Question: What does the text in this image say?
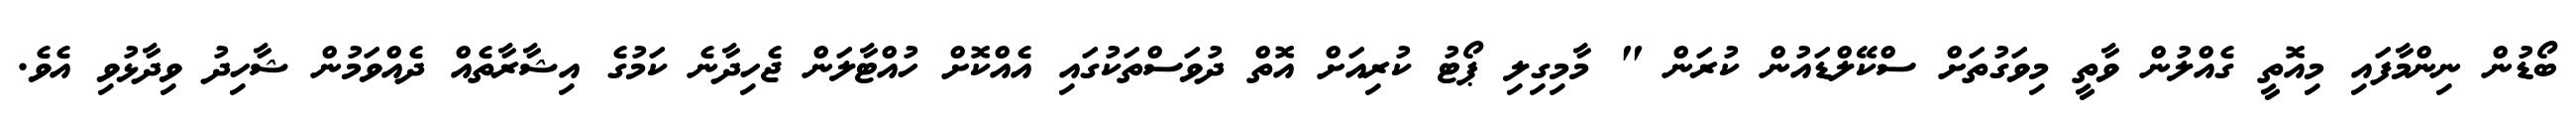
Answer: ބޯޑުން ނިންމާފައި މިއޮތީ ގެއްލުން ވާތީ މިވަގުތަށް ސްކޭލްޑައުން ކުރަން " މާމިގިލި ޕޯޓު ކުރިއަށް އޮތް ދުވަސްތަކުގައި އެއްކޮށް ހުއްޓާލަން ޖެހިދާނެ ކަމުގެ އިޝާރާތެއް ދެއްވަމުން ޝާހިދު ވިދާޅުވި އެވެ.